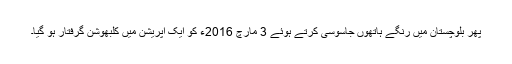
پھر بلوچستان میں رنگے ہاتھوں جاسوسی کرتے ہوئے 3 مارچ 2016ء کو ایک آپریشن میں کلبھوشن گرفتار ہو گیا۔